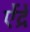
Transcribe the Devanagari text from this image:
ऐंद्रे